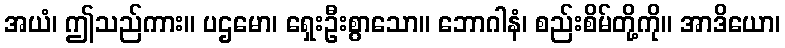
အယံ၊ ဤသည်ကား။ ပဌမော၊ ရှေးဦးစွာသော။ ဘောဂါနံ၊ စည်းစိမ်တို့ကို။ အာဒိယော၊